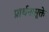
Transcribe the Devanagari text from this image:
प्रार्थनासूक्ते